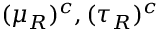
( \mu _ { R } ) ^ { c } , ( \tau _ { R } ) ^ { c }